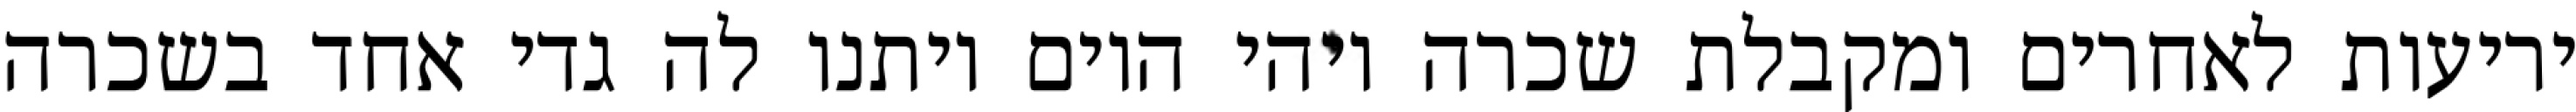
יריעות לאחרים ומקבלת שכרה ויהי היום ויתנו לה גדי אחד בשכרה